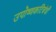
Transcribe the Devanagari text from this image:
उपोष्णकटिबंधी